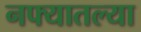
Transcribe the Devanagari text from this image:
नफ्यातल्या